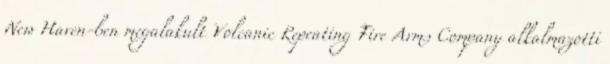
New Haven-ben megalakult Volcanic Repeating Fire Arms Company alkalmazotti